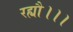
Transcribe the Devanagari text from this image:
रह्यौ।।।